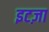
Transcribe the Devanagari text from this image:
इटज़ा